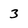
Character: 3